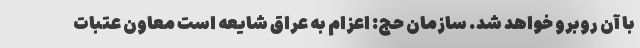
با آن روبرو خواهد شد. سازمان حج: اعزام به عراق شایعه است معاون عتبات